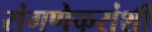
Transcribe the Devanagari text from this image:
रांगणेकरांशी